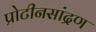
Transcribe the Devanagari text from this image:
प्रोटीनसांद्रण